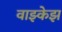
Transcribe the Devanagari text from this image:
वाझ्केझ